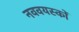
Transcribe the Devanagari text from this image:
नववयस्कों